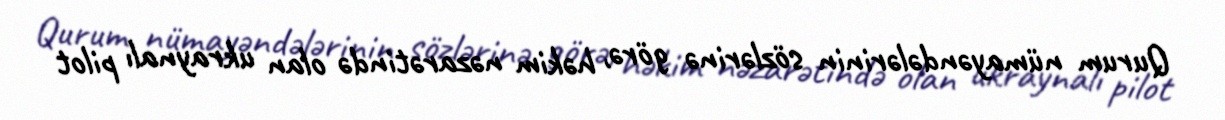
Qurum nümayəndələrinin sözlərinə görə, həkim nəzarətində olan ukraynalı pilot